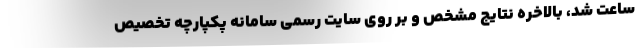
ساعت شد، بالاخره نتایج مشخص و بر روی سایت رسمی سامانه پکپارچه تخصیص